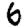
Digit: 6